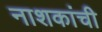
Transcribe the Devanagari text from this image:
नाशकांची